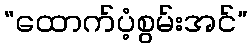
“ထောက်ပံ့စွမ်းအင်”